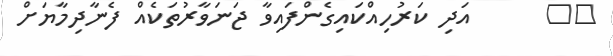
٨٦      އަދި ކަރުހިއްކައިގެންފައިވާ ޖަނަވާރުތަކެއް ފެނާދިމާޔަށް